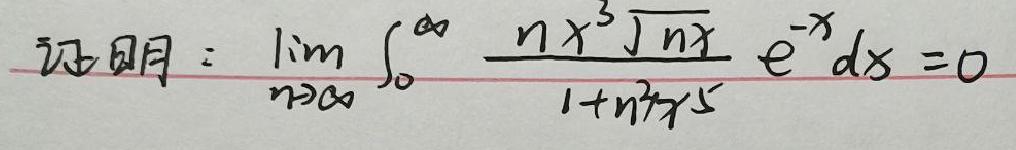
证明：\(\lim_{n \to \infty} \int_{0}^{\infty} \frac{n x^{3} \sqrt{nx}}{1 + n^{2}x^{5}} e^{-x} dx = 0\)